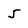
Character: 5